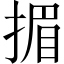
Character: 𢰲